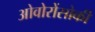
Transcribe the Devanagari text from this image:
ओवोरोंसोकी